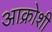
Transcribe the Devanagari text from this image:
आक्रोशी